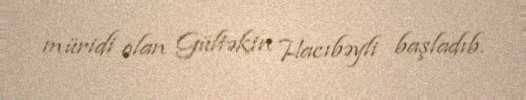
müridi olan Gültəkin Hacıbəyli başladıb.